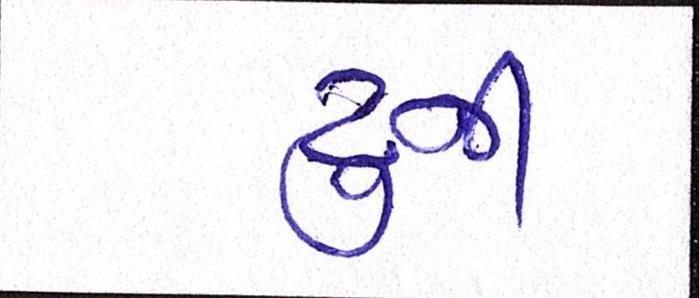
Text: ટુની